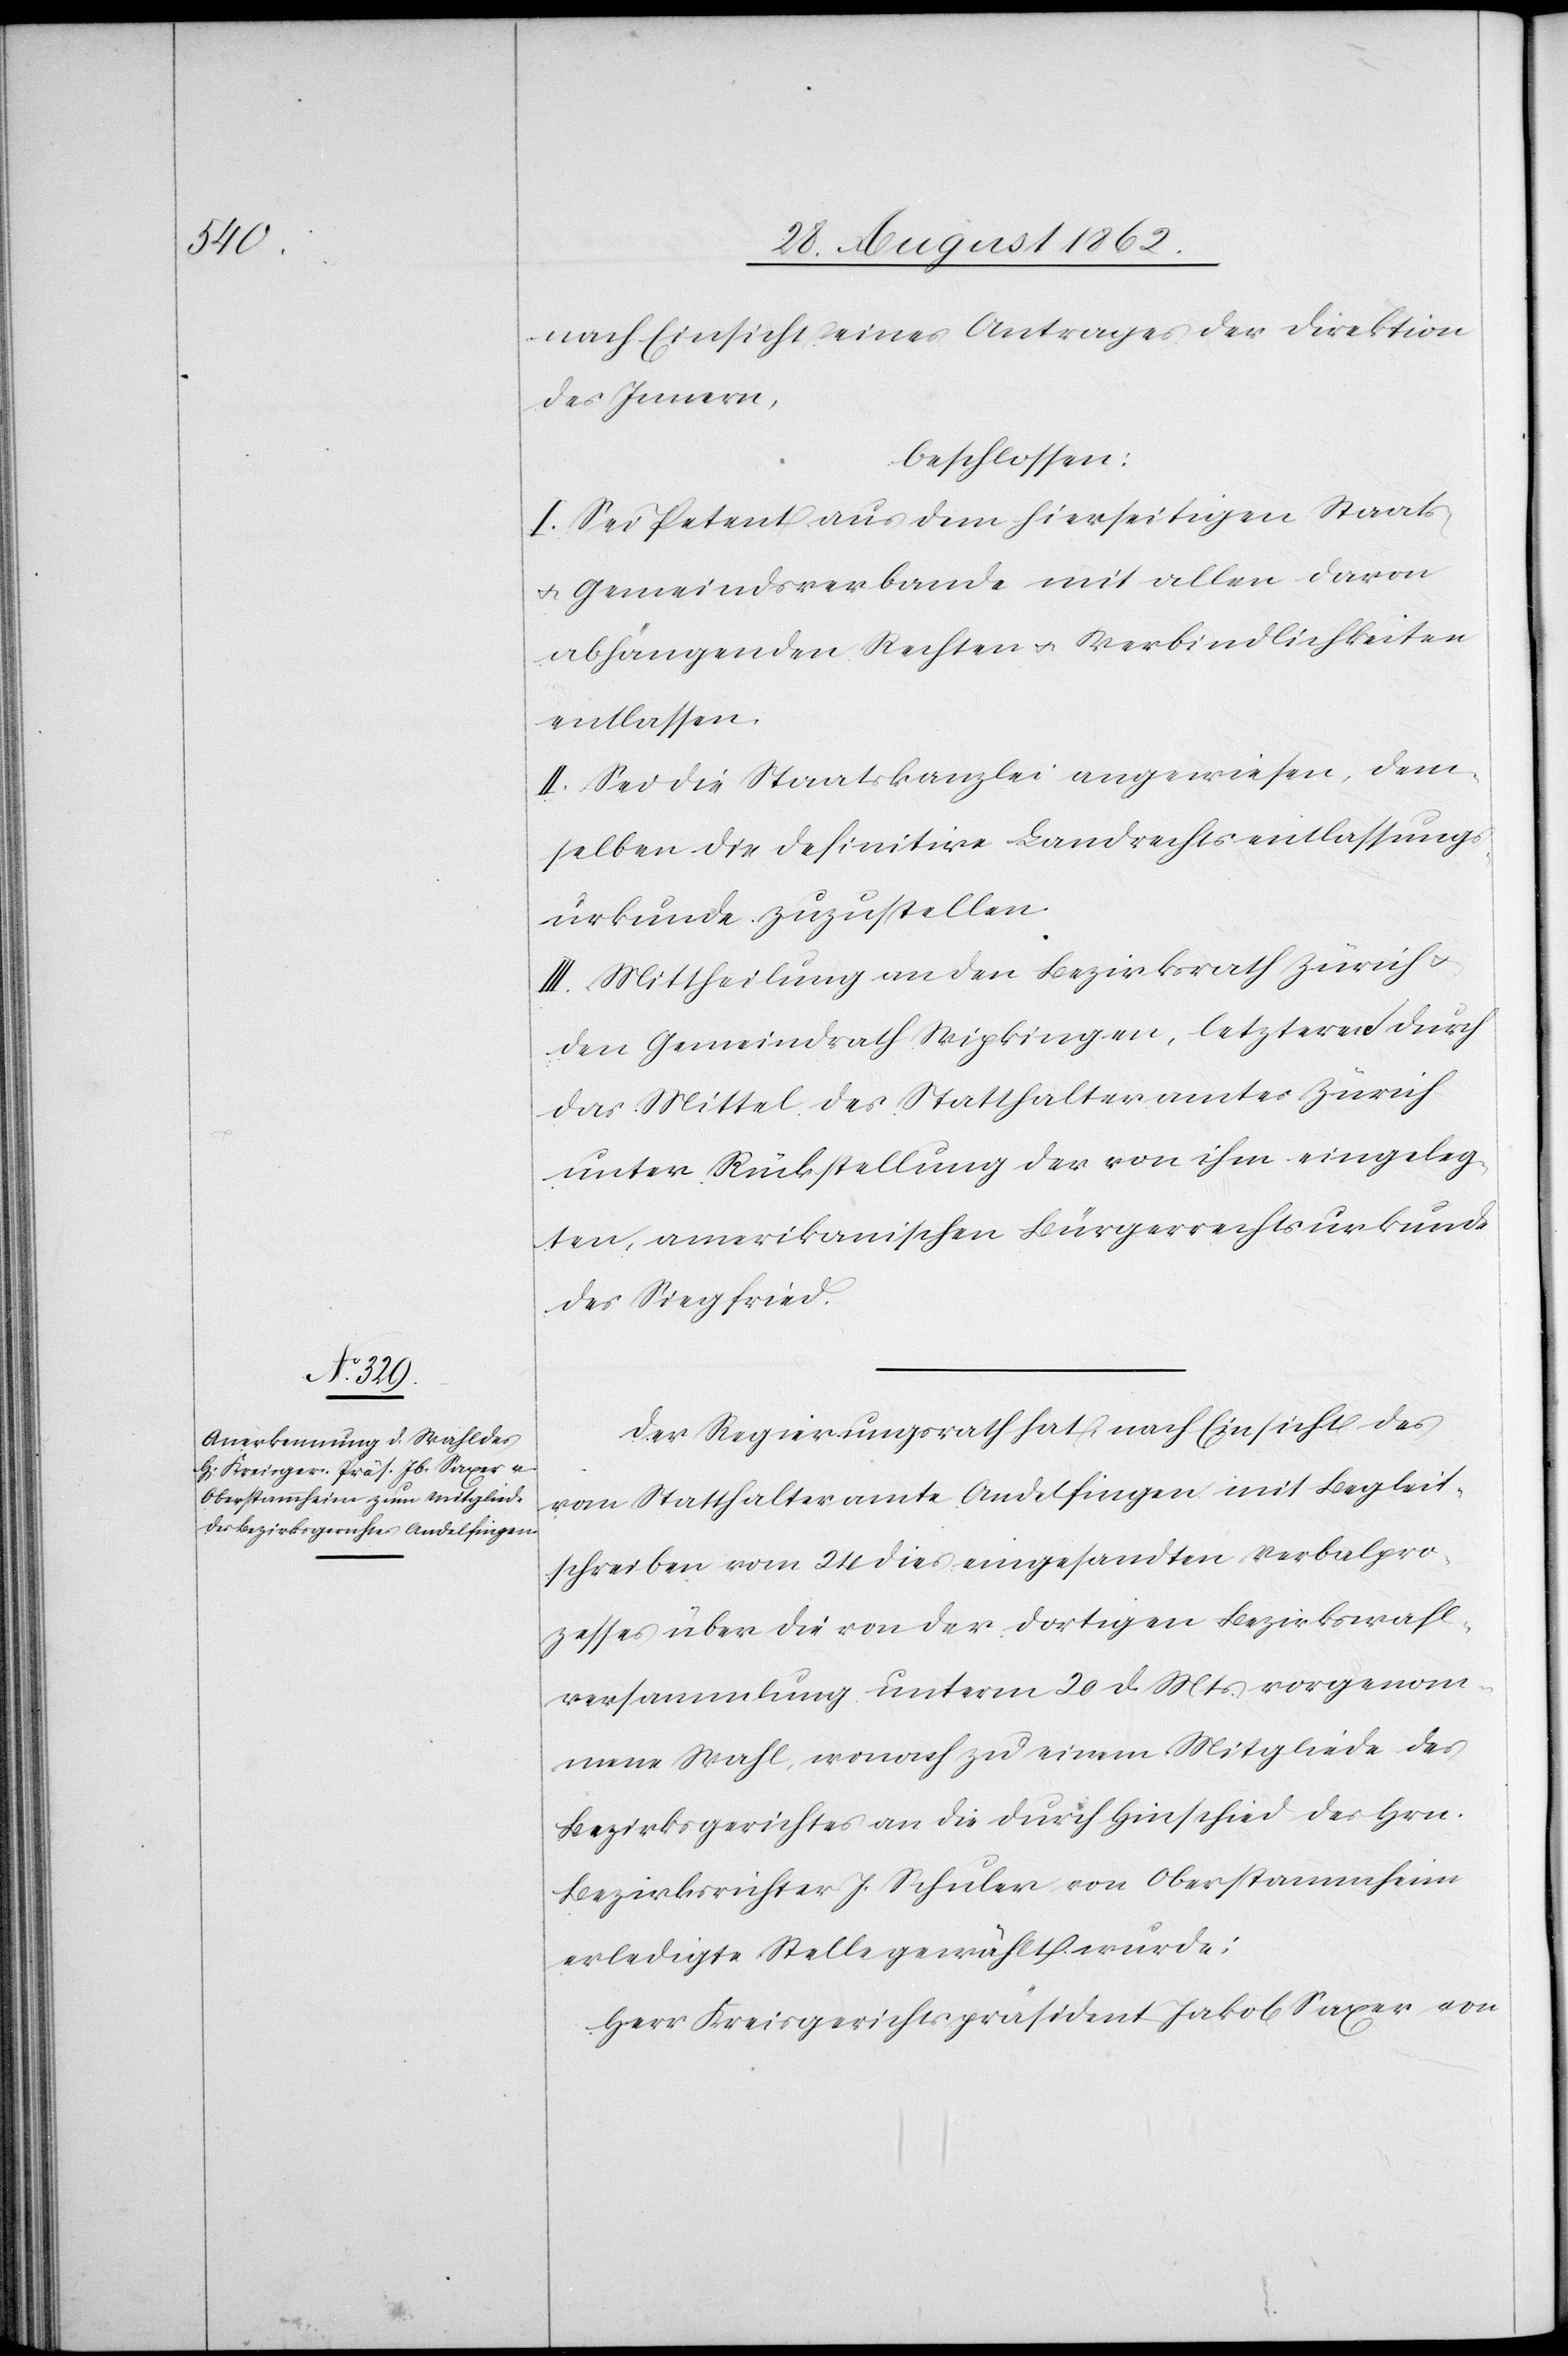
nach Einsicht eines Antrages der Direktion
des Innern,
beschlossen:
I. Sei Petent aus dem hierseitigen Staats-
u. Gemeindsverbande mit allen davon
abhängenden Rechten u. Verbindlichkeiten
entlassen.
II. Sei die Staatskanzlei angewiesen, dem¬
selben die definitive Landrechtsentlassungs¬
urkunde zuzustellen.
III. Mittheilung an den Bezirksrath Zürich u.
den Gemeindrath Wipkingen, letzteren durch
das Mittel des Statthalteramtes Zürich
unter Rückstellung der von ihm eingeleg¬
ten, amerikanischen Bürgerrechtsurkunde
des Siegfried.
Der Regierungsrath hat, nach Einsicht des
vom Statthalteramte Andelfingen mit Begleit¬
schreiben vom 24. dies eingesandten Verbalpro¬
zesses über die von der dortigen Bezirkswahl¬
versammlung unterm 20. d. Mts. vorgenom¬
mene Wahl, wonach zu einem Mitgliede des
Bezirksgerichtes an die durch Hinschied des Hrn.
Bezirksrichter J. Schuler von Oberstammheim
erledigte Stelle gewählt wurde:
Herr Kreisgerichtspräsident Jakob Saxer von